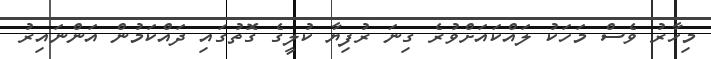
މިހާރު ވެސް މަހަކު ލައްކައަށްވުރެ ގިނަ ރުފިޔާ ކުލީގެ ގޮތުގައި ދައްކަމުން އަންނައިރު